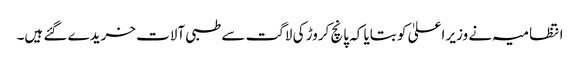
انتظامیہ نے وزیر اعلیٰ کو بتایا کہ پانچ کروڑ کی لاگت سے طبی آلات خریدے گئے ہیں۔